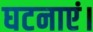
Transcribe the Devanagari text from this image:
घटनाएं।